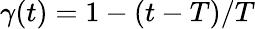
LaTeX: \gamma(t)=1-(t-T)/T